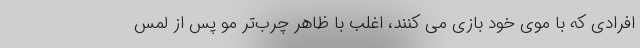
افرادی که با موی خود بازی می کنند، اغلب با ظاهر چرب‌تر مو پس از لمس